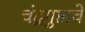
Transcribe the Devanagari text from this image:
चंद्रगुप्ताचे